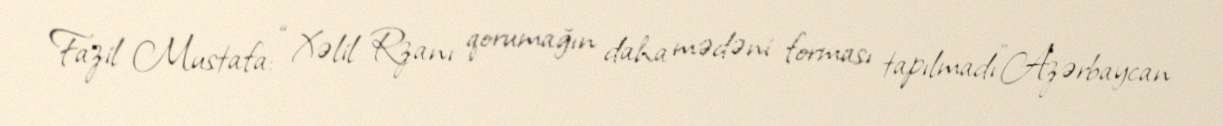
Fazil Mustafa: “Xəlil Rzanı qorumağın daha mədəni forması tapılmadı”Azərbaycan